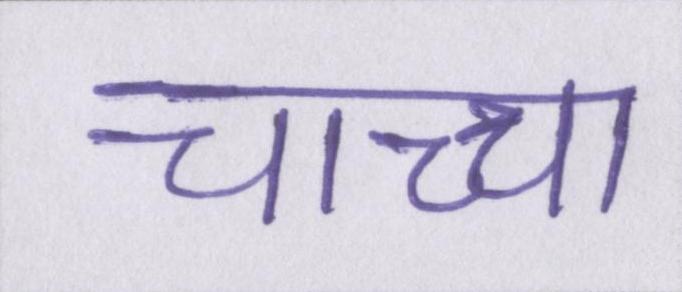
चाच्चा